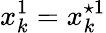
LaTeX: x_{k}^{1}=x_{k}^{\star 1}